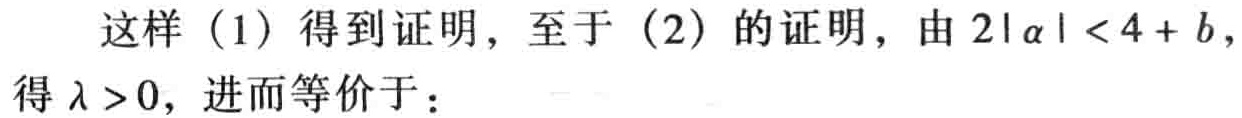
这样（1）得到证明，至于（2）的证明，由\(2|\alpha| < 4 + b\)，得\(\lambda > 0\)，进而等价于：